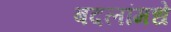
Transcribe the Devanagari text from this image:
बदलांमधे